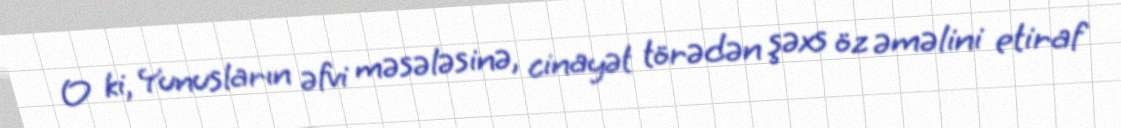
O ki, Yunusların əfvi məsələsinə, cinayət törədən şəxs öz əməlini etiraf